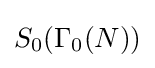
S_{0}(\Gamma _{0}(N))